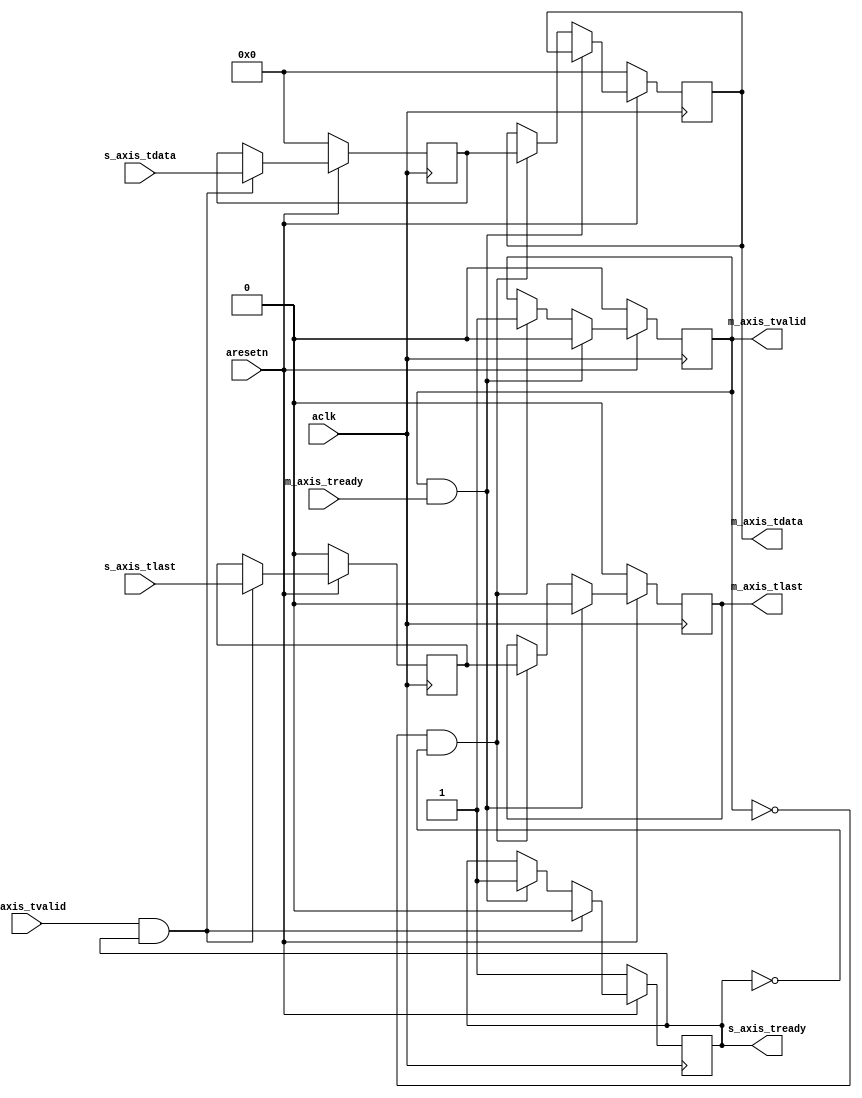
module AXI_register (
    input aclk,
    input aresetn, //!active low reset
    input [7:0] s_axis_tdata, //! input data
    input s_axis_tvalid,//! VALID signal for the input data
    input s_axis_tlast,//! Signal goes high when last signal arrives 
    output reg s_axis_tready,//! Signal that shows the module is ready to receive data

    input m_axis_tready, //! signal that shows that the downstream slave module is ready to receive data for the register module
    output reg m_axis_tvalid,//! VALID signal for the output data
    output reg [7:0] m_axis_tdata, //! output data
    output reg m_axis_tlast       //! LAST signal at output side
);


reg [7:0] data_reg;
reg last_reg;

always @(posedge aclk) begin
    if (!aresetn) begin
        data_reg <= 8'b0;
        last_reg <= 1'b0;
        s_axis_tready <= 1'b1;
        m_axis_tdata <= 8'b0;
        m_axis_tvalid <= 1'b0;
        m_axis_tlast <= 1'b0;
    end else begin
        if (s_axis_tvalid && s_axis_tready) begin
            data_reg <= s_axis_tdata;
            last_reg <= s_axis_tlast;
            s_axis_tready <= 1'b0;
        end else begin               
            if (m_axis_tvalid && m_axis_tready)
                s_axis_tready <= 1'b1;                                                     // if there is no data in register and the data transfer have finished
        end                                                     // s_axis_tready is made high, else it is low


        if (m_axis_tvalid && m_axis_tready) begin               
            m_axis_tvalid <= 1'b0;                              //if a transfer is over, m_axis_tvalid becomes zero
            m_axis_tlast <= 1'b0;
        end else if (!m_axis_tvalid && !s_axis_tready) begin      // if there is data in the register m_axis_tvalid is made high      
            m_axis_tdata <= data_reg;                               //     and that data is moved to the output line
            m_axis_tvalid <= 1'b1;
            m_axis_tlast <= last_reg;
        end
    end
end


endmodule